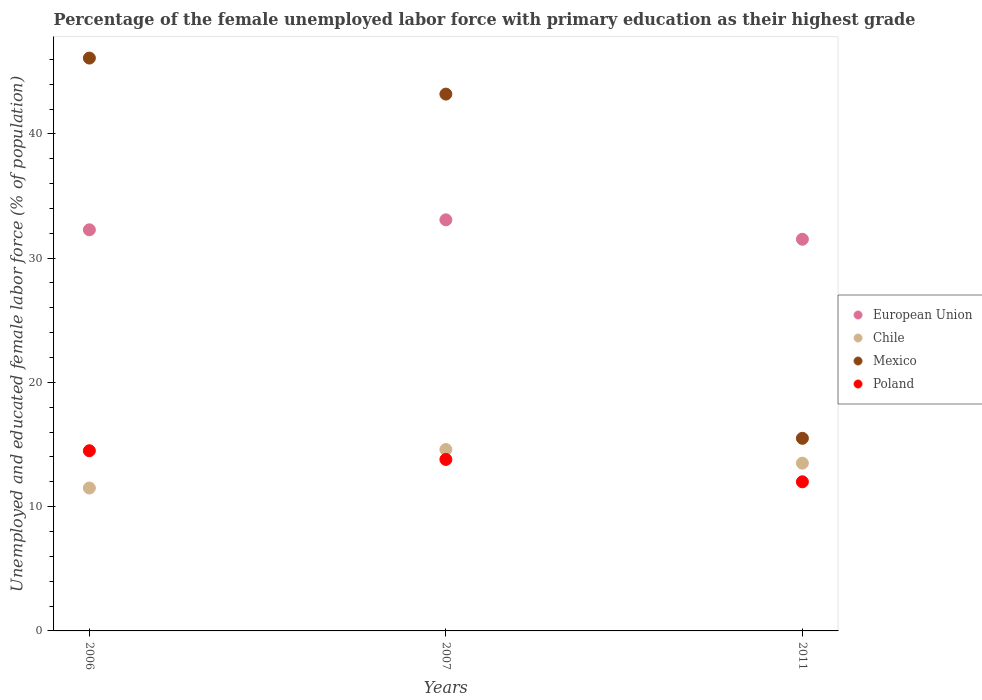
| Years | European Union | Chile | Mexico | Poland |
 | --- | --- | --- | --- | --- |
 | 2006 | 32.3 | 11.5 | 46.1 | 14.5 |
 | 2007 | 33.1 | 14.6 | 43.2 | 13.8 |
 | 2011 | 31.5 | 13.5 | 15.5 | 12 |